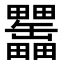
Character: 𤴊